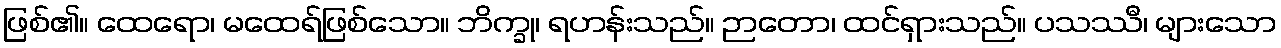
ဖြစ်၏။ ထေရော၊ မထေရ်ဖြစ်သော။ ဘိက္ခု၊ ရဟန်းသည်။ ဉာတော၊ ထင်ရှားသည်။ ပသဿီ၊ များသော